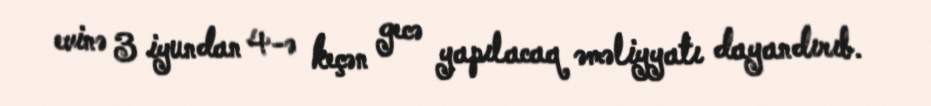
evinə 3 iyundan 4-ə keçən gecə yapılacaq əməliyyatı dayandırıb.